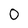
Character: 0